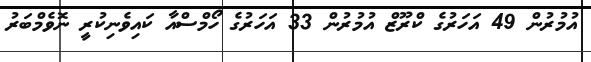
އުމުރުން 49 އަހަރުގެ ކްރޫޒް އުމުރުން 33 އަހަރުގެ ހޯމްސްއާ ކައިވެނިކުރީ ނޮވެމްބަރު